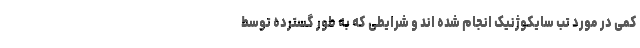
کمی در مورد تب سایکوژنیک انجام شده اند و شرایطی که به طور گسترده توسط